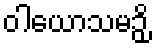
ဝါယောသမဉှိ